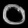
Digit: ၀